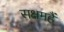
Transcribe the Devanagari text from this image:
सक्षमहैं